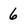
Character: 6